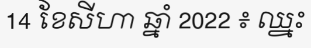
14 ខែសីហា ឆ្នាំ 2022 ៖ ឈ្នះ